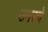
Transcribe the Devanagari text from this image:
उमरचे